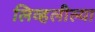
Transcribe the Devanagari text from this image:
लिव्हलील्या